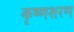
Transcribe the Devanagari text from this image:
कृष्णशरण